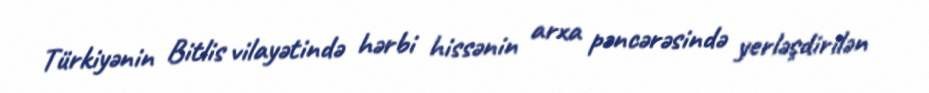
Türkiyənin Bitlis vilayətində hərbi hissənin arxa pəncərəsində yerləşdirilən